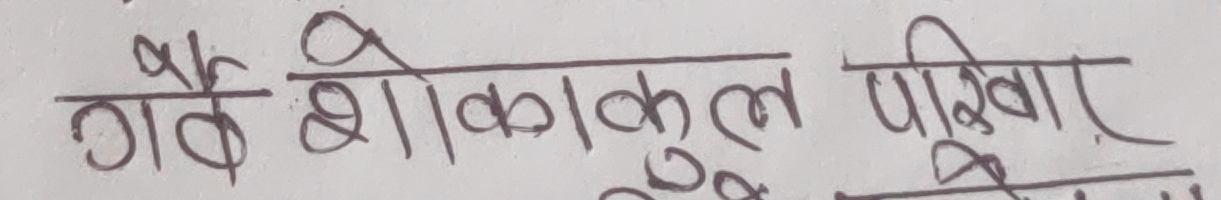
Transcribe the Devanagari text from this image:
गौँ शोंकालकुल परिवार